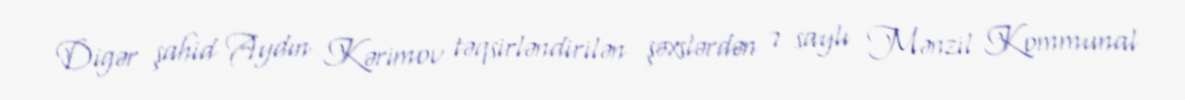
Digər şahid Aydın Kərimov təqsirləndirilən şəxslərdən 7 saylı Mənzil Kommunal